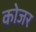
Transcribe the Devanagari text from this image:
कोजर